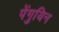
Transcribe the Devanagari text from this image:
पेंगुयिन